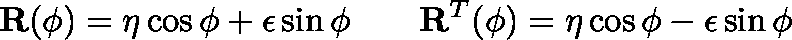
\mathbf { R } ( \phi ) = \mathbf { \eta } \cos \phi + \mathbf { \epsilon } \sin \phi \qquad \mathbf { R } ^ { T } ( \phi ) = \mathbf { \eta } \cos \phi - \mathbf { \epsilon } \sin \phi